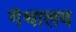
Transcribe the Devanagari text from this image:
गंथालय